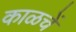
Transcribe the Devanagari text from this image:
काळचें